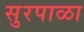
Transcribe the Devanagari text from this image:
सुरपाळा